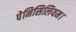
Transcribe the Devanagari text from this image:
पेनिसिलियम।